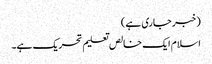
(خبر جاری ہے)
اسلام ایک خالص تعلیم تحریک ہے۔